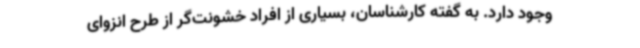
وجود دارد. به گفته کارشناسان، بسیاری از افراد خشونت‌گر از طرح انزوای